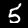
Label: 5